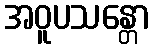
အဝူပသန္တော